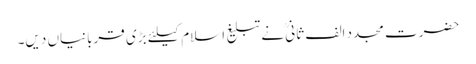
حضرت مجدد الف ثانیؒ نے تبلیغ اسلام کیلئے بڑی قربانیاں دیں۔